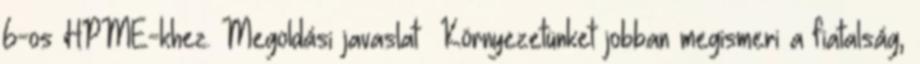
6-os HPME-khez. Megoldási javaslat ▪Környezetünket jobban megismeri a fiatalság,